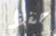
حفظ